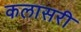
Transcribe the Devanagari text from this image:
कलासरी